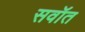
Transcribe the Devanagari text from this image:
सवॉत